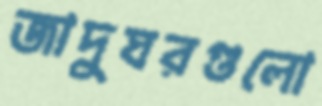
জাদুঘরগুলো